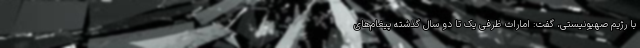
با رژیم صهیونیستی، گفت: امارات ظرفی یک تا دو سال گذشته پیغام‌های